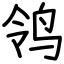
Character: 鸰